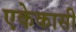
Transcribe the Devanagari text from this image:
एकेकासी